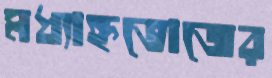
মধ্যাহ্নভোজের